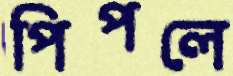
পিপলে